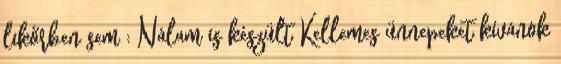
likőrben sem : Nálam is készült Kellemes ünnepeket kívánok